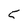
Character: 5